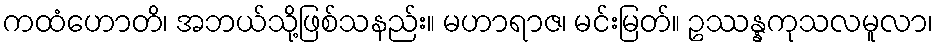
ကထံဟောတိ၊ အဘယ်သို့ဖြစ်သနည်း။ မဟာရာဇ၊ မင်းမြတ်။ ဥဿန္နကုသလမူလာ၊